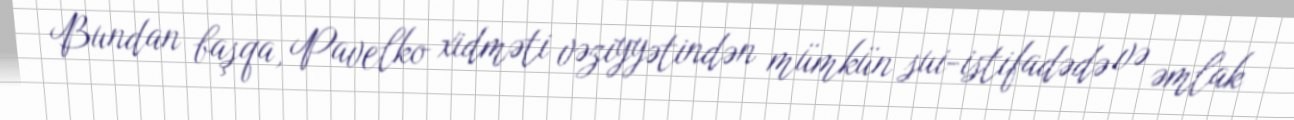
Bundan başqa, Pavelko xidməti vəziyyətindən mümkün sui-istifadədə və əmlak